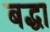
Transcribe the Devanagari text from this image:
बद्धा